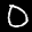
Label: 0